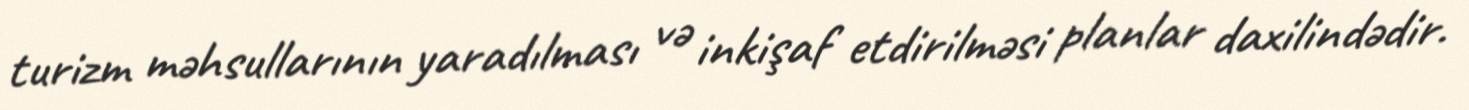
turizm məhsullarının yaradılması və inkişaf etdirilməsi planlar daxilindədir.